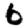
Digit: 6